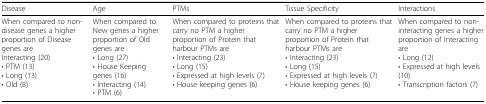
<table><thead><tr><td><b>Disease</b></td><td><b>Age</b></td><td><b>PTMs</b></td><td><b>Tissue Specificity</b></td><td><b>Interactions</b></td></tr></thead><tbody><tr><td>When compared to non-disease genes a higher proportion of Disease genes areInteracting (20)• PTM (13)• Long (13)• Old (8)</td><td>When compared to New genes a higher proportion of Old genes are• Long (27)• House Keeping genes (16)• Interacting (14)• PTM (6)</td><td>When compared to proteins that carry no PTM a higher proportion of Protein that harbour PTMs are• Interacting (23)• Long (15)• Expressed at high levels (7)• House keeping genes (6)</td><td>When compared to proteins that carry no PTM a higher proportion of Protein that harbour PTMs are• Interacting (23)• Long (15)• Expressed at high levels (7)• House keeping genes (6)</td><td>When compared to non-interacting genes a higher proportion of Interacting are• Long (12)• Expressed at high levels (10)• Transcription factors (7)</td></tr></tbody></table>